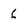
Character: 6